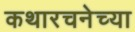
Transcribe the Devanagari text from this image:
कथारचनेच्या